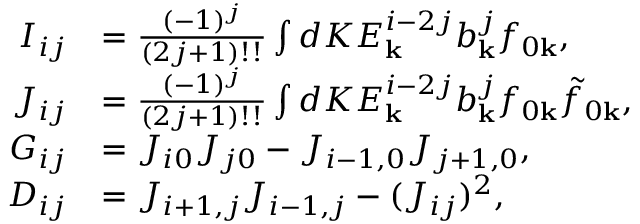
\begin{array} { r l } { I _ { i j } } & { = \frac { ( - 1 ) ^ { j } } { ( 2 j + 1 ) ! ! } \int d K E _ { \mathbf { k } } ^ { i - 2 j } b _ { \mathbf { k } } ^ { j } f _ { 0 \mathbf { k } } , } \\ { J _ { i j } } & { = \frac { ( - 1 ) ^ { j } } { ( 2 j + 1 ) ! ! } \int d K E _ { \mathbf { k } } ^ { i - 2 j } b _ { \mathbf { k } } ^ { j } f _ { 0 \mathbf { k } } \tilde { f } _ { 0 \mathbf { k } } , } \\ { G _ { i j } } & { = J _ { i 0 } J _ { j 0 } - J _ { i - 1 , 0 } J _ { j + 1 , 0 } , } \\ { D _ { i j } } & { = J _ { i + 1 , j } J _ { i - 1 , j } - ( J _ { i j } ) ^ { 2 } , } \end{array}